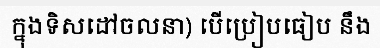
ក្នុងទិសដៅចលនា) បើប្រៀបធៀប នឹង